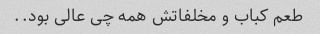
طعم کباب و مخلفاتش همه چی عالی بود..